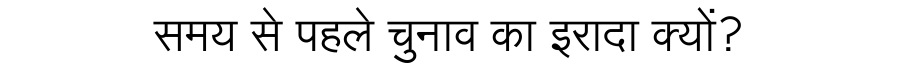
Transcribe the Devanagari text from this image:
समय से पहले चुनाव का इरादा क्यों?